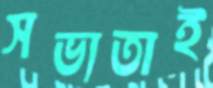
সভ্যতাই